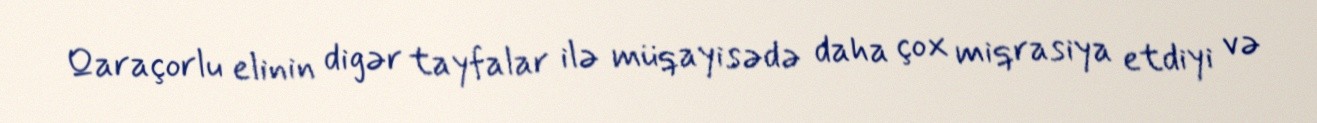
Qaraçorlu elinin digər tayfalar ilə müqayisədə daha çox miqrasiya etdiyi və